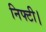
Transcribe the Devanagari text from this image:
निफ्टी।